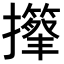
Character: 𢸽